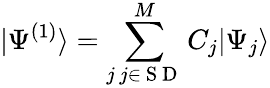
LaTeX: |\Psi^{(1)}\rangle=\sum_{\substack{j\, j\in\mathrm{~S~D~}}}^{M}C_{j}|\Psi_{j}\rangle